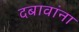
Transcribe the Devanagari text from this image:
दबावांना